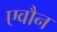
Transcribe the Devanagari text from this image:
एवौन